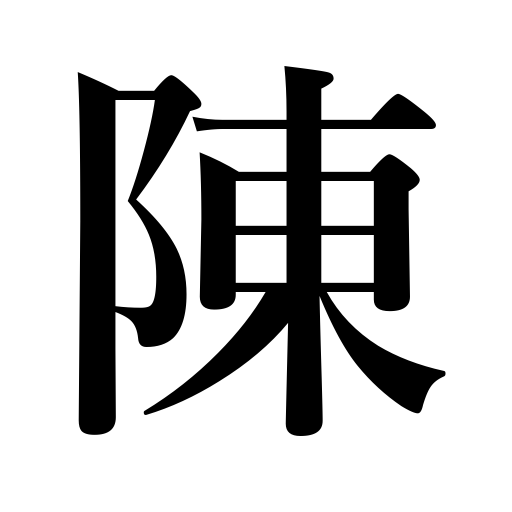
Meanings: state,relate,explain